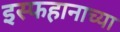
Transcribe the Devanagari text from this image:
इस्फहानाच्या